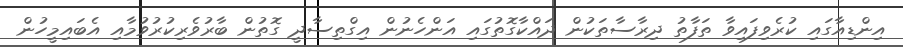
އިންޑިއާގައި ކުރެވިފައިވާ ތަފާތު ދިރާސާތަކުން ދައްކާގޮތުގައި އަންހެނުން އިގްތިސާދީ ގޮތުން ބާރުވެރިކުރުވުމާއި އެބައިމީހުން